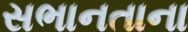
સભાનતાના